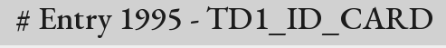
# Entry 1995 - TD1_ID_CARD